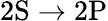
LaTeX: \mathrm{2S\rightarrow 2P}